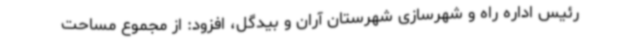
رئیس اداره راه و شهرسازی شهرستان آران و بیدگل، افزود: از مجموع مساحت